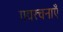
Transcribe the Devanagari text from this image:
गद्यरचनाएँ